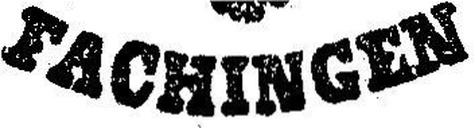
Fachingen